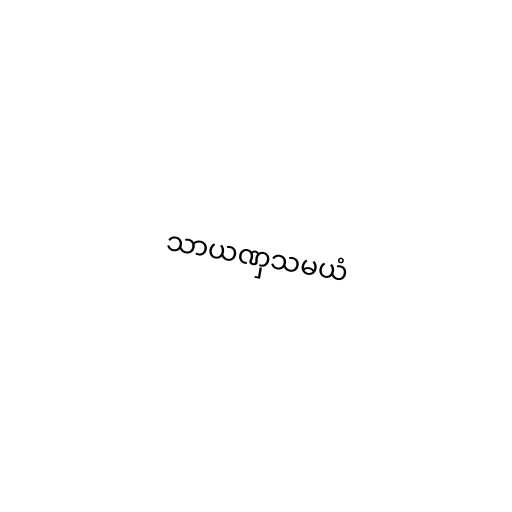
သာယဏှသမယံ